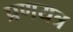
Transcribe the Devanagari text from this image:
प्रणयत्र